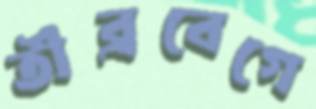
তীব্রবেগে